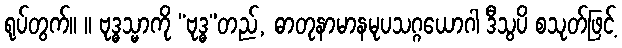
ရုပ်တွက်။ ။ ဗုဒ္ဓသ္မာကို “ဗုဒ္ဓ”တည်, ဓာတုနာမာနမုပသဂ္ဂယောဂါ ဒီသွပိ စသုတ်ဖြင့်